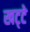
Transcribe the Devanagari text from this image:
खट्‌टे